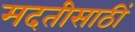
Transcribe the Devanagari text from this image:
मदतीसाठीं